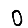
Digit: 0